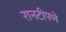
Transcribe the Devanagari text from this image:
रानटीपणे